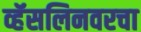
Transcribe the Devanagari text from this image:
व्हॅसलिनवरचा